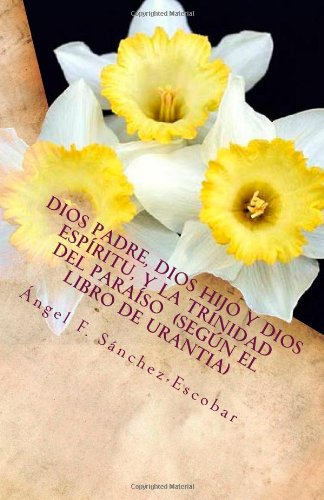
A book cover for Dios Padre, Dios Hijo y Dios EspÃ­ritu, y la Trinidad del ParaÃ­so: (SegÃºn El libro de Urantia) (Temas de El libro de Urantia) (Volume 1) (Spanish Edition); ÃEngel Francisco SÃ¡nchez-Escobar; Religion & Spirituality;